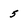
Character: 5